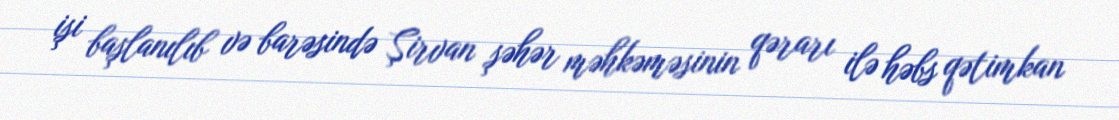
işi başlanılıb və barəsində Şirvan şəhər məhkəməsinin qərarı ilə həbs qətimkan